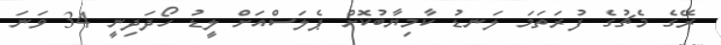
ރޭގެ މެޗުގެ ފުރަތަމަ ލަނޑު ކާމިޔާބުކޮށް ޕެލަސްއަށް ލީޑު ހޯދަދިނީ 34 ވަނަ